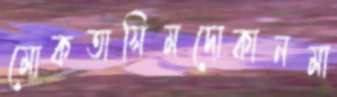
মোকতাসিমদোকানমা